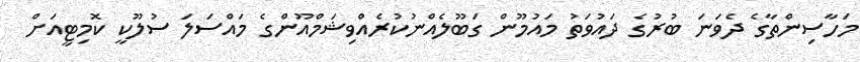
މަހާސިންތާގެ ދެވަނަ ބުރުގެ ދައުވަތު މައުމޫން ގަބޫލެއްނުކުރެއްވިޝަމްއޫންގެ މައްސަލަ ސުލޫކީ ކޮމިޓީއަށް